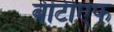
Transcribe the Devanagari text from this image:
बीटीएफ